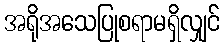
အရိုအသေပြုစရာမရှိလျှင်